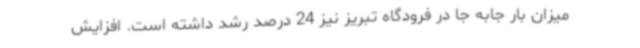
میزان بار جابه جا در فرودگاه تبریز نیز 24 درصد رشد داشته است. افزایش